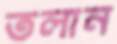
তলান